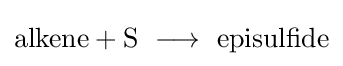
{\text{alkene}}+{\text{S }}\longrightarrow {\text{ episulfide}}